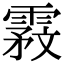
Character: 𬰇